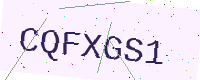
Text: CQFXGS1